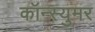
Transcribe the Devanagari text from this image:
कॉन्स्युमर